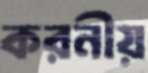
করনীয়